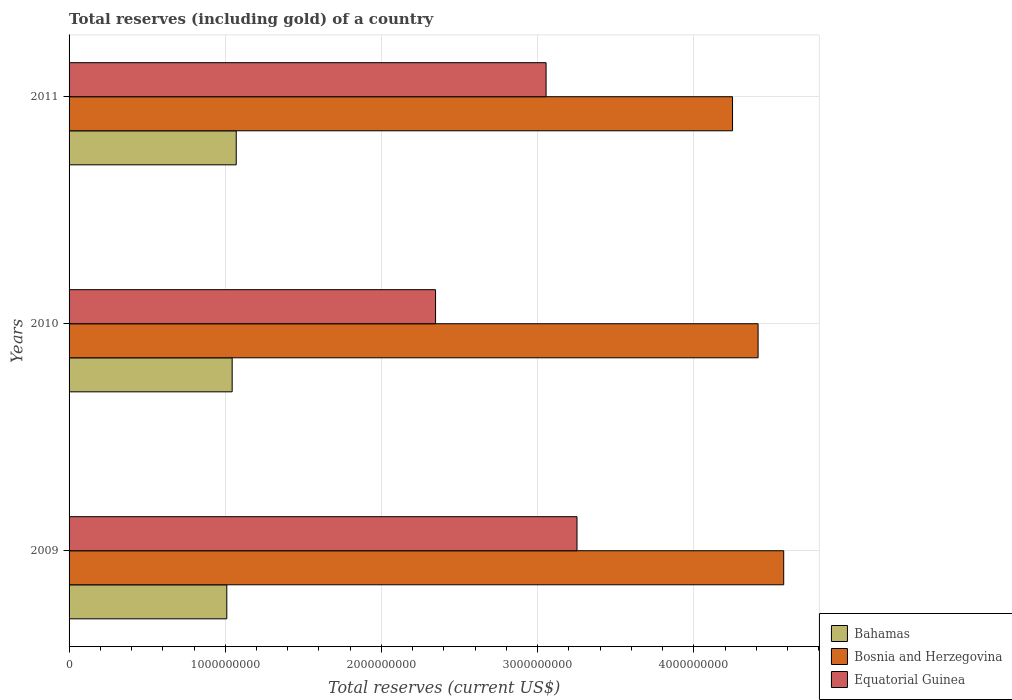
| Years | Bahamas | Bosnia and Herzegovina | Equatorial Guinea |
 | --- | --- | --- | --- |
 | 2009 | 1.01e+09 | 4.58e+09 | 3.25e+09 |
 | 2010 | 1.04e+09 | 4.41e+09 | 2.35e+09 |
 | 2011 | 1.07e+09 | 4.25e+09 | 3.05e+09 |